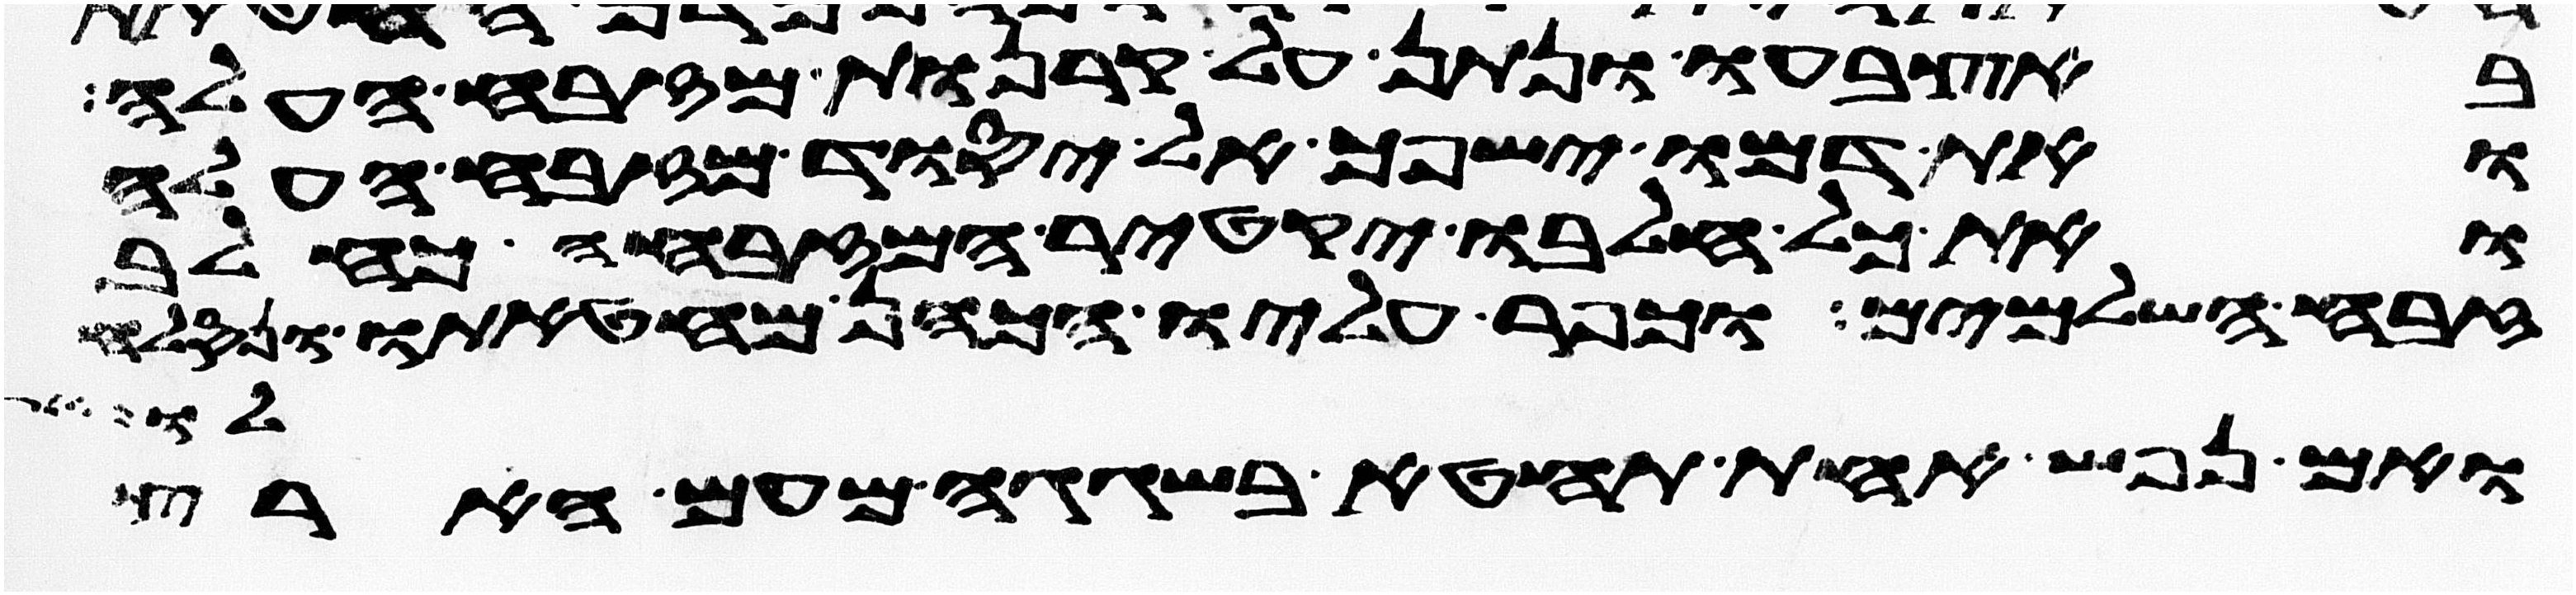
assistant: באצבעו ונתן על קרנות מזבח העלה
ואת דמו ישפך אל יסוד מזבח העלה
ואת כל חלבו יקטיר המזבחה כחלב
זבח השלמים וכפר עליו הכהן מחטאתו ונסלח
לו
ואם נפש אחת תחטא בשגגה מעם הארץ